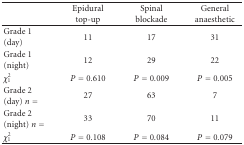
<table><thead><tr><td></td><td><b>Epidural top-up</b></td><td><b>Spinal blockade</b></td><td><b>General anaesthetic</b></td></tr></thead><tbody><tr><td>Grade 1 (day)</td><td>11</td><td>17</td><td>31</td></tr><tr><td>Grade 1 (night)</td><td>12</td><td>29</td><td>22</td></tr><tr><td><i>χ</i><sub>1</sub><sup>2</sup></td><td><i>P</i> = 0.610</td><td><i>P</i> = 0.009</td><td><i>P</i> = 0.005</td></tr><tr><td>Grade 2(day) <i>n</i> = </td><td>27</td><td>63</td><td>7</td></tr><tr><td>Grade 2 (night) <i>n</i> = </td><td>33</td><td>70</td><td>11</td></tr><tr><td><i>χ</i><sub>1</sub><sup>2</sup></td><td><i>P</i> = 0.108</td><td><i>P</i> = 0.084</td><td><i>P</i> = 0.079</td></tr></tbody></table>